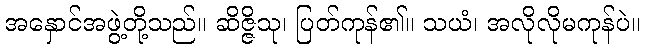
အနှောင်အဖွဲ့တို့သည်။ ဆိဇ္ဇိသု၊ ပြတ်ကုန်၏။ သယံ၊ အလိုလိုမကုန်ပဲ။